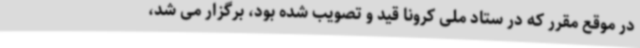
در موقع مقرر که در ستاد ملی کرونا قید و تصویب شده بود، برگزار می شد،